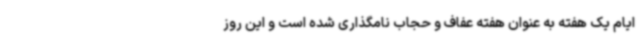
ایام یک هفته به عنوان هفته عفاف و حجاب نامگذاری شده است و این روز